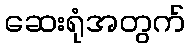
ဆေးရုံအတွက်